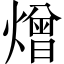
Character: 熷